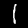
Digit: 1